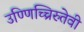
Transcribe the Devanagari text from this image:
उण्णिच्चिरुतेवी